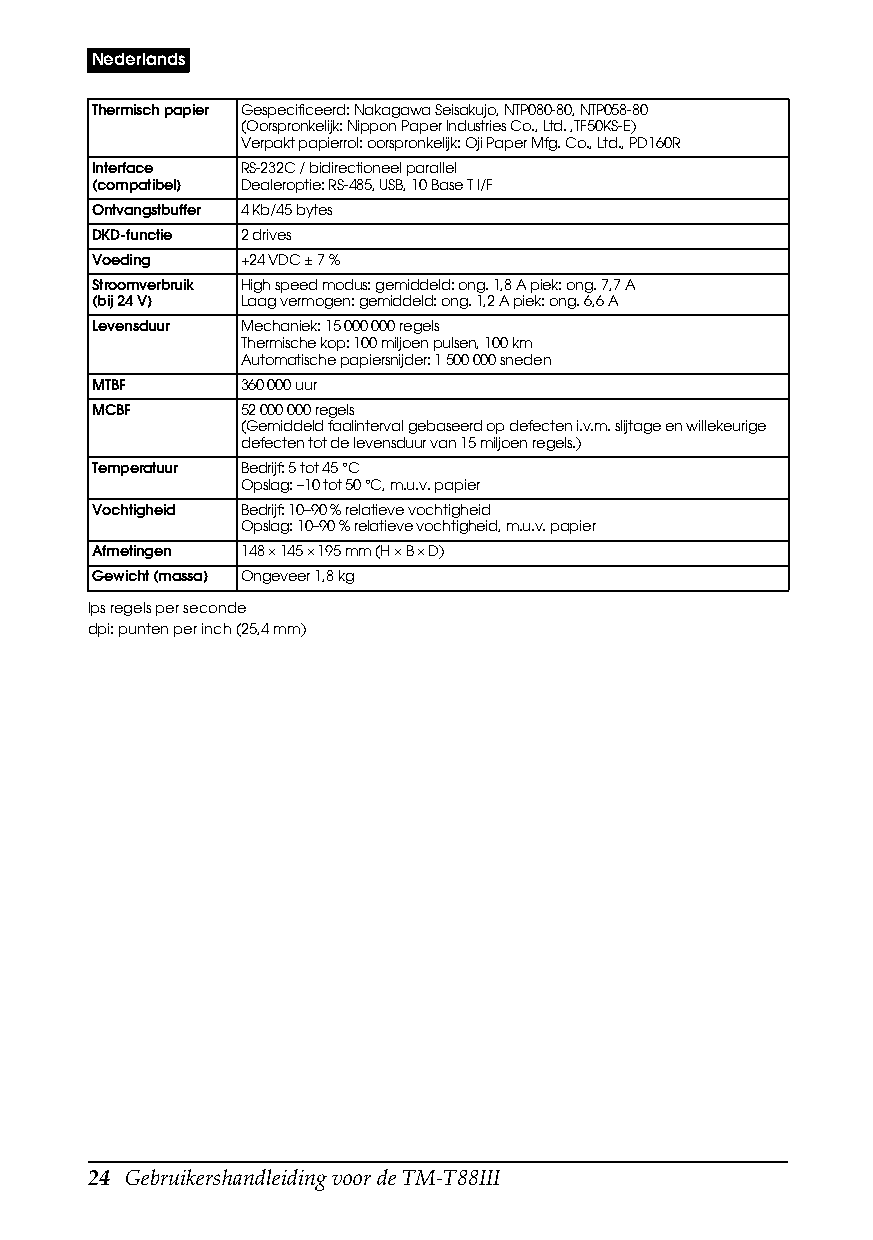
Nederlands
 Thermisch papier Gespecificeerd: Nakagawa Seisakujo, NTP080-80, NTP058-80
 (Oorspronkelijk: Nippon Paper Industries Co., Ltd. ,TF50KS-E)
 Verpakt papierrol: oorspronkelijk: Oji Paper Mfg. Co., Ltd., PD160R
 Interface RS-232C / bidirectioneel parallel
 (compatibel) Dealeroptie: RS-485, USB, 10 Base T I/F
 Ontvangstbuffer 4Kb/45bytes
 DKD-functie 2 drives
 Voeding   +24 VDC ± 7 %
 Stroomverbruik High speed modus: gemiddeld: ong. 1,8 A piek: ong. 7,7 A
 (bij24V)  Laag vermogen: gemiddeld: ong. 1,2 A piek: ong. 6,6 A
 Levensduur Mechaniek: 15000000 regels
 Thermische kop: 100 miljoen pulsen, 100 km
 Automatische papiersnijder: 1500000 sneden
 MTBF      360000 uur
 MCBF      52000000 regels
 (Gemiddeld faalinterval gebaseerd op defecten i.v.m. slijtage en willekeurige
 defecten tot de levensduur van 15 miljoen regels.)
 Temperatuur Bedrijf: 5 tot 45 °C
 Opslag: –10 tot 50 °C, m.u.v. papier
 Vochtigheid Bedrijf: 10–90 % relatieve vochtigheid
 Opslag: 10–90 % relatieve vochtigheid, m.u.v. papier
 Afmetingen 148 × 145 × 195 mm (H × B × D)
 Gewicht (massa) Ongeveer 1,8 kg
 lps regels per seconde
 dpi: punten per inch (25,4 mm)
 24 Gebruikershandleiding voor de TM-T88III